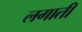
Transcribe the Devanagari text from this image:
लगातीं